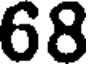
68